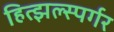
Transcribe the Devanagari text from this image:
हित्झल्स्पर्गर